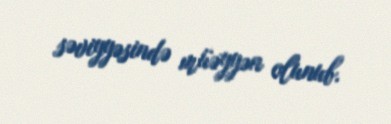
səviyyəsində müəyyən olunub.